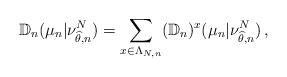
LaTeX: \begin{align*}\mathbb D_n (\mu_n | \nu_{\widehat \theta ,n}^N)=\sum_{x\in \Lambda_{N,n}} (\mathbb D_n)^{x} (\mu_n | \nu_{\widehat \theta ,n}^N)\, ,\end{align*}